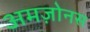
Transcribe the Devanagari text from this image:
अमज़ोनस